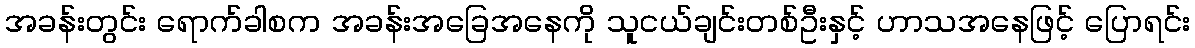
အခန်းတွင်း ရောက်ခါစက အခန်းအခြေအနေကို သူငယ်ချင်းတစ်ဦးနှင့် ဟာသအနေဖြင့် ပြောရင်း